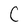
Character: C